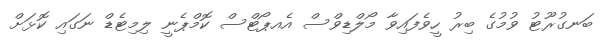
ބަނގުރޫޓު ވުމުގެ ބިރު ހީވެފައިވާ މޯލްޑިވްސް އެއޕޯޓްސް ކޮމްޕެނީ ލިމިޓެޑް ނަގައި ކޮޅަށް